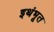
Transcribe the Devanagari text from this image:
इथंभूत